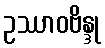
ဥဿာဝဗိန္ဒု